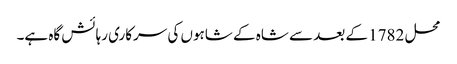
محل 1782 کے بعد سے شاہ کے شاہوں کی سرکاری رہائش گاہ ہے۔